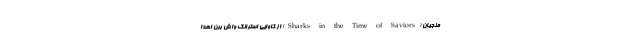
منجیان (Sharks in the Time of Saviors) از کاوایی استرانگ واش برن اهدا